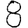
Digit: 8